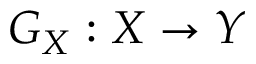
G _ { X } : X \rightarrow Y